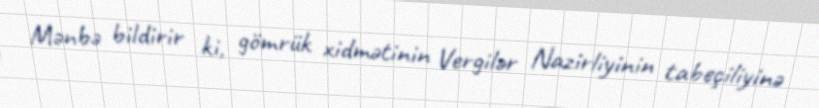
Mənbə bildirir ki, gömrük xidmətinin Vergilər Nazirliyinin tabeçiliyinə